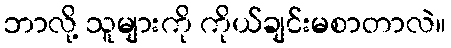
ဘာလို့ သူများကို ကိုယ်ချင်းမစာတာလဲ။